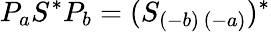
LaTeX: P_{a}S^{\ast}P_{b}=(S_{(-b)\, (-a)})^{\ast}